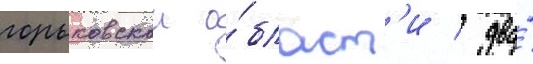
горьковскои о́бласт'и / два́